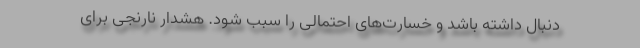
دنبال داشته باشد و خسارت‌های احتمالی را سبب شود. هشدار نارنجی برای